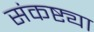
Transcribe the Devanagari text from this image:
संकष्ट्या